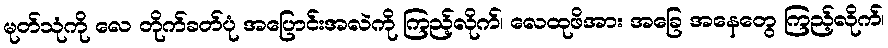
မုတ်သုံကို လေ တိုက်ခတ်ပုံ အပြောင်းအလဲကို ကြည့်လိုက်၊ လေထုဖိအား အခြေ အနေတွေ ကြည့်လိုက်၊